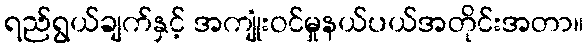
ရည်ရွယ်ချက်နှင့် အကျုံးဝင်မှုနယ်ပယ်အတိုင်းအတာ။